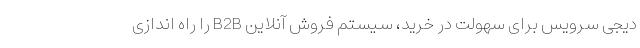
دیجی سرویس برای سهولت در خرید، سیستم فروش آنلاین B2B را راه اندازی